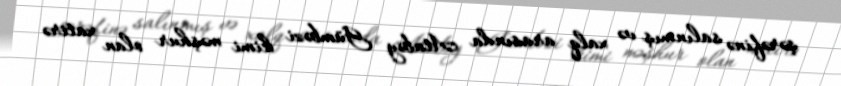
şərəfinə salınmış və xalq arasında Atabəy Gümbəzi kimi məşhur olan xatirə